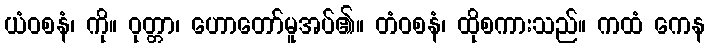
ယံဝစနံ၊ ကို။ ဝုတ္တာ၊ ဟောတော်မူအပ်၏။ တံဝစနံ၊ ထိုစကားသည်။ ကထံ ကေန